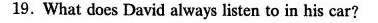
19.What does David always listento in his car?